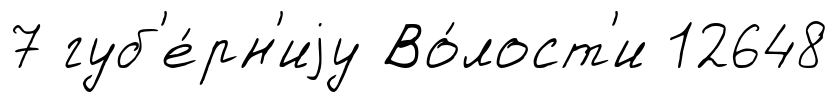
7 губ'е́рн'иjу Во́лост'и 12648